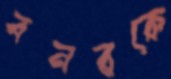
বনরকে